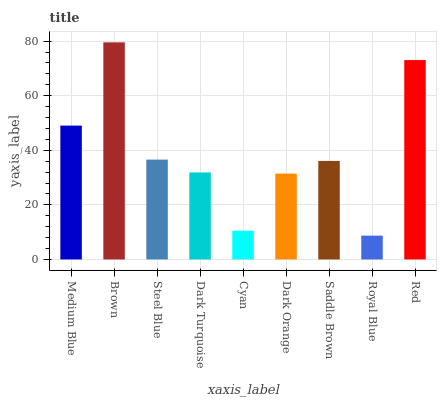
| xaxis_label | bars |
 | --- | --- |
 | Medium Blue | 49 |
 | Brown | 79.5 |
 | Steel Blue | 36.6 |
 | Dark Turquoise | 31.9 |
 | Cyan | 10.5 |
 | Dark Orange | 31.5 |
 | Saddle Brown | 36.1 |
 | Royal Blue | 8.73 |
 | Red | 73 |